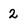
Character: 2